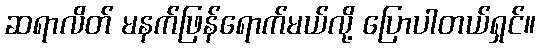
ဆရာလိတ် မနက်ဖြန်ရောက်မယ်လို့ ပြောပါတယ်ရှင်။